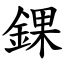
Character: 錁